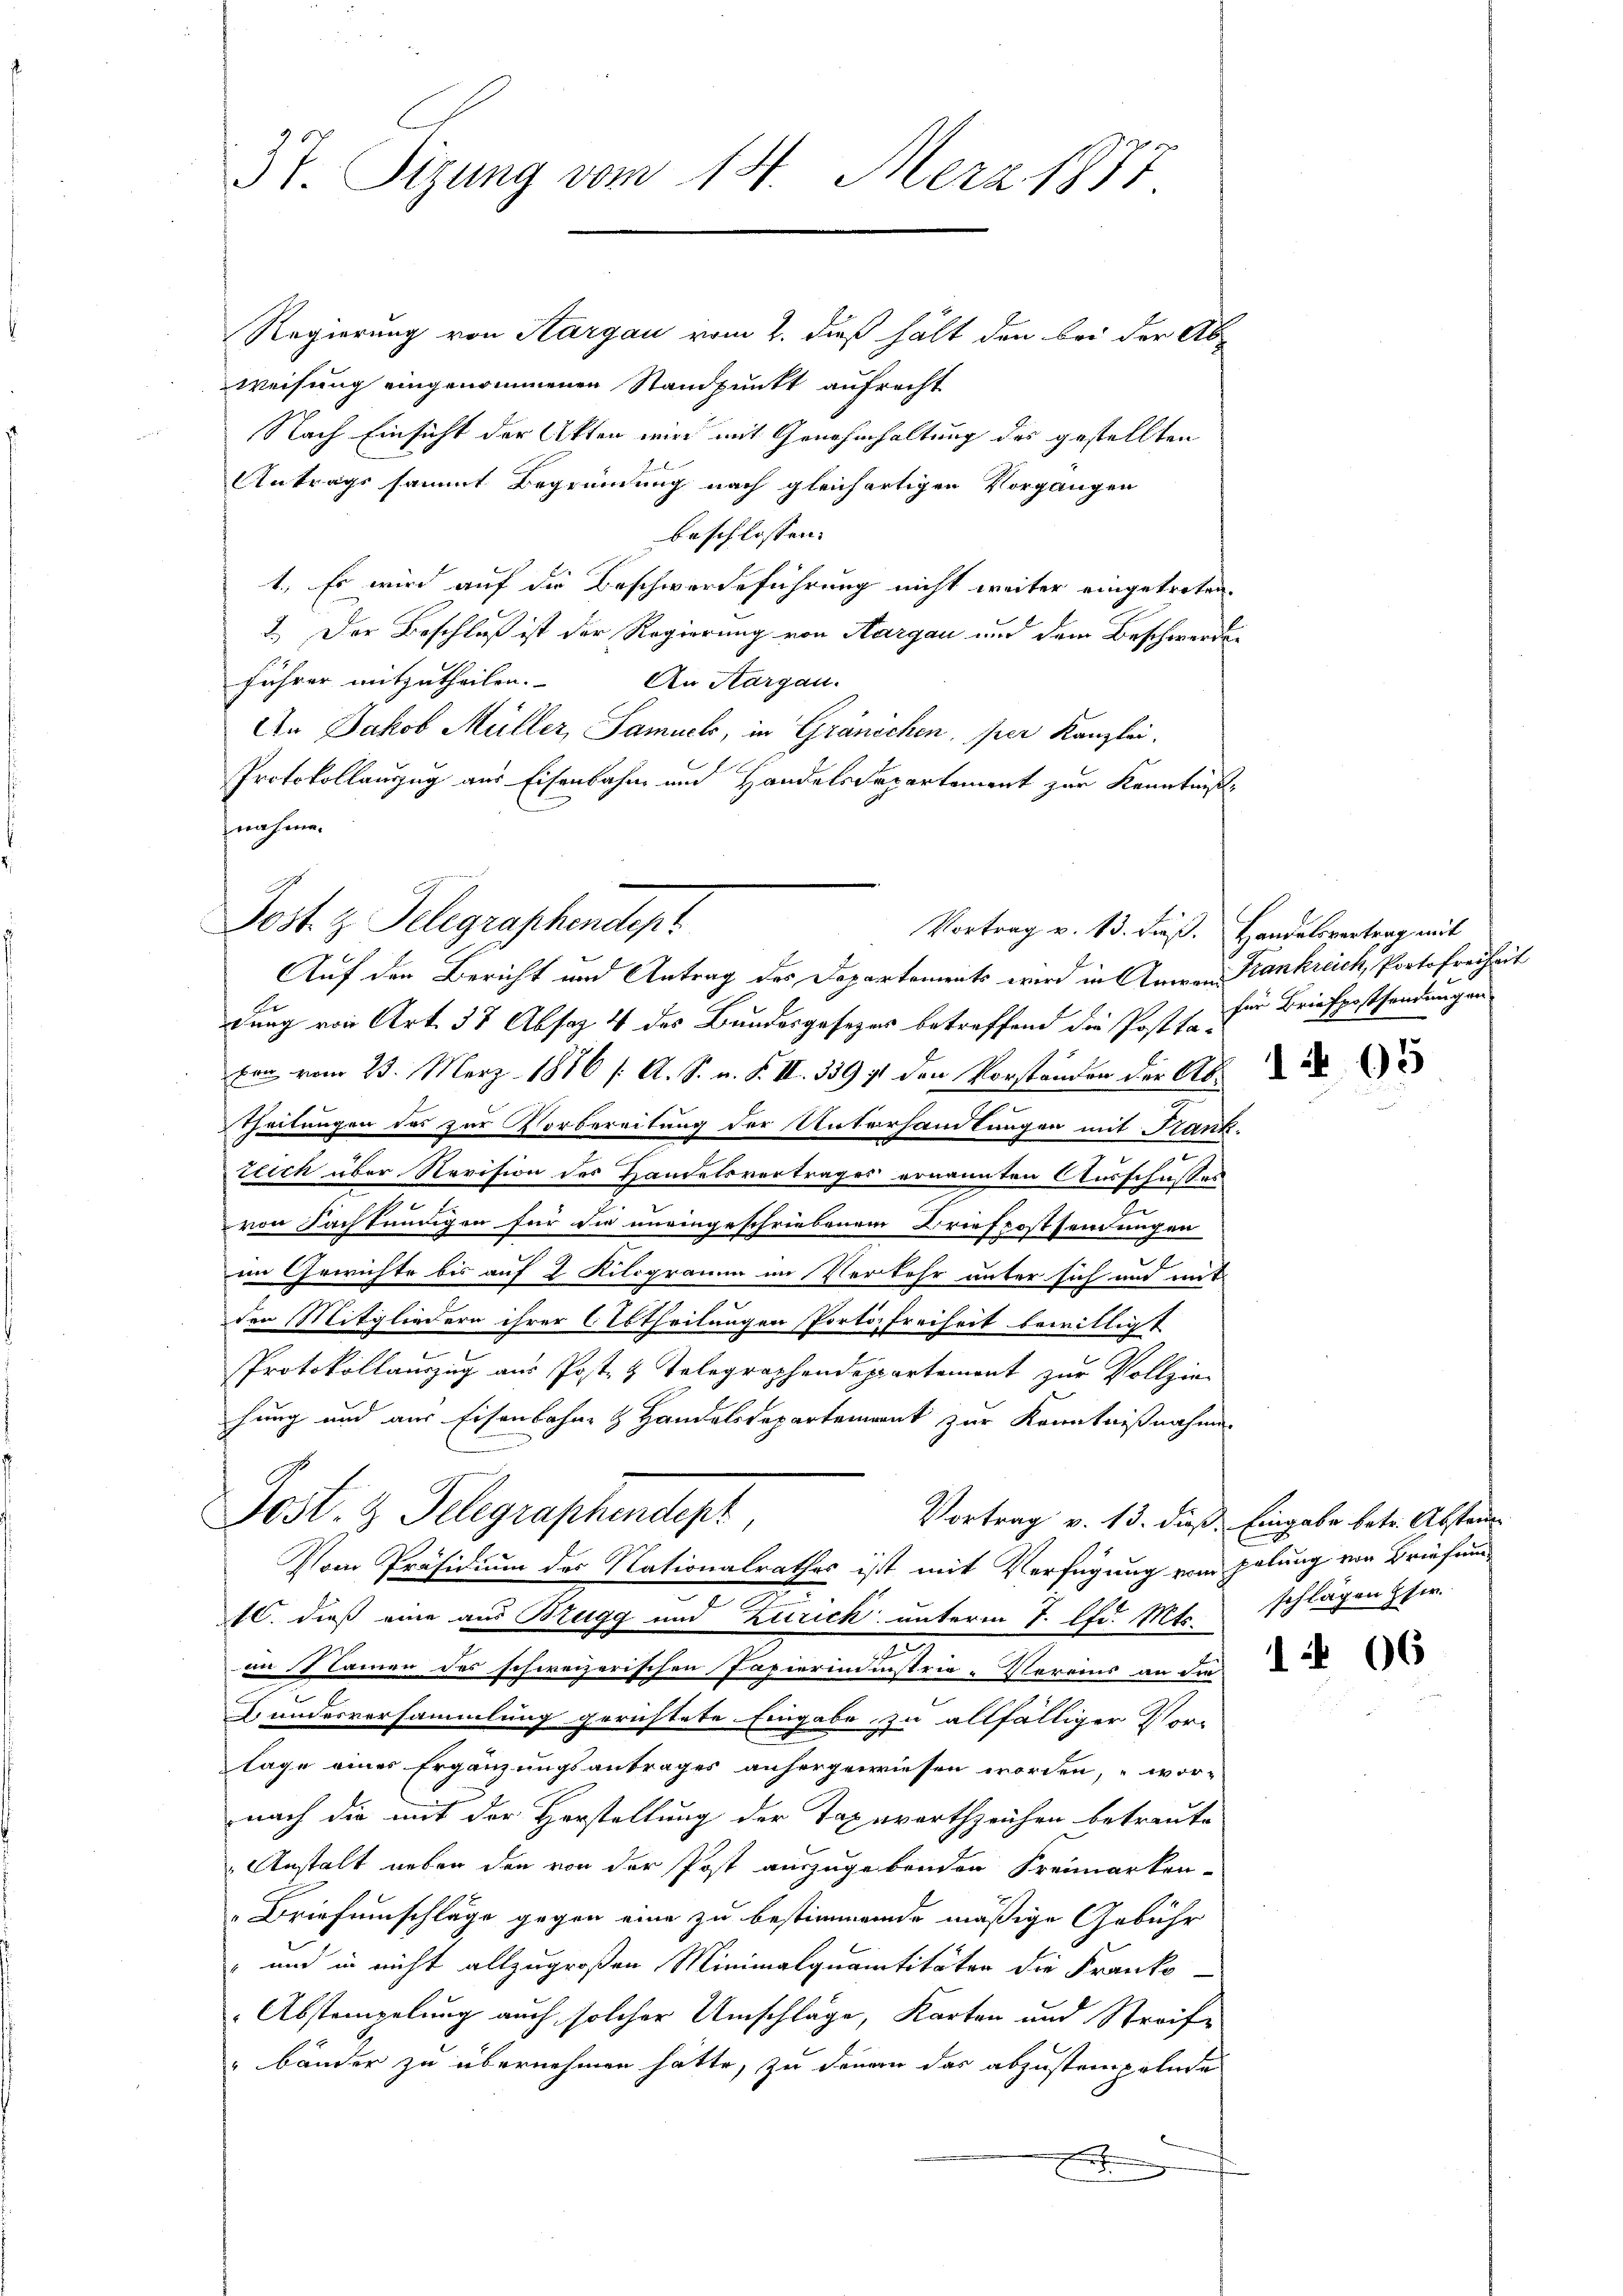
37. Sizung vom 14. Merz 1877

Regierung von Aargau vom 2. dieß hält den bei der Ab-
weisung eingenommenen Standpunkt aufrecht
Nach Einsicht der Akten wird mit Genehmhaltung des gestellten
Antrags sammt Begründung nach gleichartigen Vorgangen
beschlossen:
1. Es wird auf die Beschwerdeführung nicht weiter eingetreten.
2.) Der Beschluß ist der Regierung von Aargau und dem Beschwerden
führer mitzutheilen. An Aargau.
An Jakob Müller, Samuels, in Gränichen, per Kanzlei.
Protokollauszug aus Eisenbahn und Handelsdepartement zur Kenntniße
nahme.
Auf den Bericht und Antrag des Departements wird in Anwen Krankreich, Portofreiheit
dung von Art. 38 Absaz 4 des Bundesgesezes betreffend die Posttaben vom 23. März 1876 /: A. S. n. F. II. 339 ist den Vorstanden der Ab¬
Zeitungen das zur Vorbereitung der Untersamlungen mit Frank.
tlich über Revision des Handelsvertrages ernannten Ausschusses
.
von Fachkundigen für die uneingeschriebenem Briefpostsendungen
im Gewichte bis auf 2 Kilogramm im Verkehr unter sich und mit
den Mitgliedern ihrer Ertheilungen Porto Freiheit bewilligt
.
Protokollauszug aus Post- & Telegraphendeppartement zur Vollzie-
hung und aus Eisenbahn- & Handelsdepartement zur Kenntnißnahme.
Post. 3. Telegraphendert,
Vortrag v. 13. dieß. Eingabe betr. Abstand
Vom Präsidium des Nationalrathes ist mit Verfügung vom helung von Briefun¬
16. dieß eine aus Brugg und Zurick unterm 7. lfd. Mts.
1 kamen des schweizerischen Papierindinstrie-Vereins an die
Bundesversammlung gerichtete Eingabe zu allfälliger Vor-
lage eines Ergänzungsantrages anhergewiesen worden, wor-
nach die mit der Herstellung der Tagewartzeichen betreute
Anstalt neben den von der Post auszugebenden Freimarken-
Briefumschläge gegen eine zu bestimmende mäßige Gebühr
" und in nicht allzugroßen Minimalquantitäten die Franko
Abstempelung auch solcher Umschläge, Karten und Streife
" bänder zu übernehmen hätte, zu denern das abzustempelnde
e

Post z. Telegraphendepr

Vortrag v. 13. dieß. Handelsvertrag mit

für Briefpostsendungen

1465

schlägen HHer

1 66